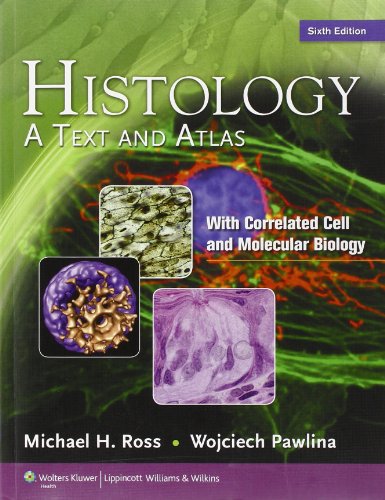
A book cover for Histology: A Text and Atlas, with Correlated Cell and Molecular Biology, 6th Edition; Michael H. Ross PhD; Medical Books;